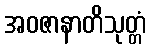
အဝဇာနာတိသုတ္တံ